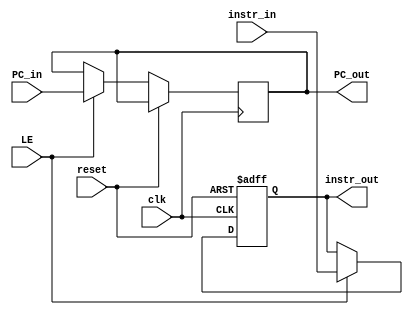
module IFID (output reg [31:0] PC_out, instr_out, input [31:0] PC_in, instr_in, input clk, reset, LE);
always @(posedge clk, posedge reset) begin
    if (reset)
        instr_out <= 0; //Control hazard handling reset
    else if (LE) begin //LE is used to stall when load hazard is asserted from the Haz/Forw Unit
        PC_out <= PC_in;
        instr_out <= instr_in;
    end
end
endmodule